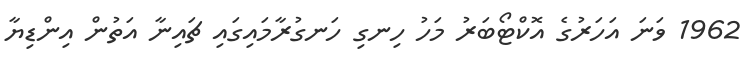
1962 ވަނަ އަހަރުގެ އޮކްޓޯބަރު މަހު ހިނގި ހަނގުރާމައިގައި ޗައިނާ އަތުން އިންޑިޔާ